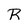
Character: R